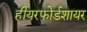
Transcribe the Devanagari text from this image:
हीयरफोर्डशायर